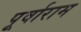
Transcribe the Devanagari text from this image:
पूर्वाराम